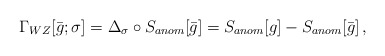
\begin{align*}\Gamma_{WZ}[\bar g;\sigma] = \Delta_{\sigma}\circ S_{anom}[\bar g]= S_{anom}[g] - S_{anom}[\bar g]\,,\end{align*}